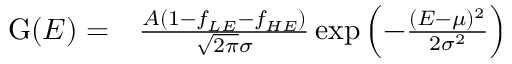
\begin{array} { r l } { \mathrm { G } ( E ) = } & { { } \frac { A ( 1 - f _ { L E } - f _ { H E } ) } { \sqrt { 2 \pi } \sigma } \exp \left( - \frac { ( E - \mu ) ^ { 2 } } { 2 \sigma ^ { 2 } } \right) } \end{array}